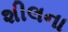
શીલના